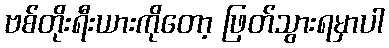
ဗစ်တိုးရီးယားကိုတော့ ဖြတ်သွားရမှာပါ